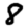
Digit: 8